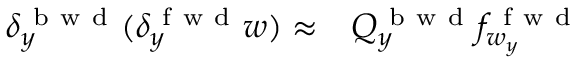
\begin{array} { r l } { \delta _ { y } ^ { \mathrm { ~ b ~ w ~ d ~ } } ( \delta _ { y } ^ { \mathrm { ~ f ~ w ~ d ~ } } w ) \approx } & { { } Q _ { y } ^ { \mathrm { ~ b ~ w ~ d ~ } } f _ { w _ { y } } ^ { \mathrm { ~ f ~ w ~ d ~ } } } \end{array}